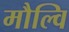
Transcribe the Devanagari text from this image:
मौल्वि